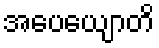
အပေယျောတိ